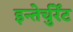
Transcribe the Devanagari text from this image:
इन्तेर्चुर्रेंट